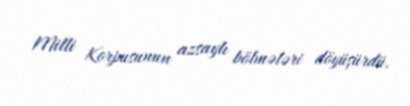
Milli Korpusunun azsaylı bölmələri döyüşürdü.